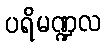
ပရိမဏ္ဍလ